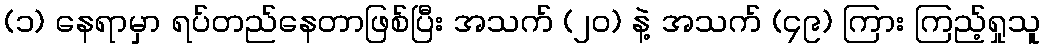
(၁) နေရာမှာ ရပ်တည်နေတာဖြစ်ပြီး အသက် (၂၀) နဲ့ အသက် (၄၉) ကြား ကြည့်ရှုသူ